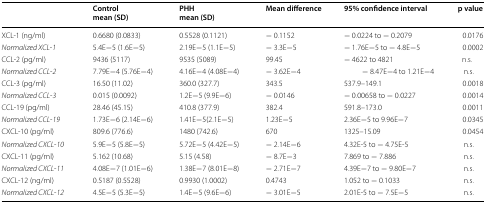
<table><thead><tr><td></td><td><b>Controlmean (SD)</b></td><td><b>PHHmean (SD)</b></td><td><b>Mean difference</b></td><td><b>95% confidence interval</b></td><td><b>p value</b></td></tr></thead><tbody><tr><td>XCL-1 (ng/ml)</td><td>0.6680 (0.0833)</td><td>0.5528 (0.1121)</td><td>− 0.1152</td><td>− 0.0224 to − 0.2079</td><td>0.0176</td></tr><tr><td><i>Normalized XCL</i>-<i>1</i></td><td>5.4E−5 (1.6E−5)</td><td>2.19E−5 (1.1E−5)</td><td>− 3.3E−5</td><td>− 1.76E−5 to − 4.8E−5</td><td>0.0002</td></tr><tr><td>CCL-2 (pg/ml)</td><td>9436 (5117)</td><td>9535 (5089)</td><td>99.45</td><td>− 4622 to 4821</td><td>n.s.</td></tr><tr><td><i>Normalized CCL</i>-<i>2</i></td><td>7.79E−4 (5.76E−4)</td><td>4.16E−4 (4.08E−4)</td><td>− 3.62E−4</td><td>− 8.47E−4 to 1.21E−4</td><td>n.s.</td></tr><tr><td>CCL-3 (pg/ml)</td><td>16.50 (11.02)</td><td>360.0 (327.7)</td><td>343.5</td><td>537.9–149.1</td><td>0.0018</td></tr><tr><td><i>Normalized CCL</i>-<i>3</i></td><td>0.015 (0.0092)</td><td>1.2E−5 (9.9E−6)</td><td>− 0.0146</td><td>− 0.00658 to − 0.0227</td><td>0.0014</td></tr><tr><td>CCL-19 (pg/ml)</td><td>28.46 (45.15)</td><td>410.8 (377.9)</td><td>382.4</td><td>591.8–173.0</td><td>0.0011</td></tr><tr><td><i>Normalized CCL</i>-<i>19</i></td><td>1.73E−6 (2.14E−6)</td><td>1.41E−5(2.1E−5)</td><td>1.23E−5</td><td>2.36E−5 to 9.96E−7</td><td>0.0345</td></tr><tr><td>CXCL-10 (pg/ml)</td><td>809.6 (776.6)</td><td>1480 (742.6)</td><td>670</td><td>1325–15.09</td><td>0.0454</td></tr><tr><td><i>Normalized CXCL</i>-<i>10</i></td><td>5.9E−5 (5.8E−5)</td><td>5.72E−5 (4.42E−5)</td><td>− 2.14E−6</td><td>4.32E-5 to − 4.75E-5</td><td>n.s.</td></tr><tr><td>CXCL-11 (pg/ml)</td><td>5.162 (10.68)</td><td>5.15 (4.58)</td><td>− 8.7E−3</td><td>7.869 to − 7.886</td><td>n.s.</td></tr><tr><td><i>Normalized CXCL</i>-<i>11</i></td><td>4.08E−7 (1.01E−6)</td><td>1.38E−7 (8.01E−8)</td><td>− 2.71E−7</td><td>4.39E−7 to − 9.80E−7</td><td>n.s.</td></tr><tr><td>CXCL-12 (ng/ml)</td><td>0.5187 (0.5528)</td><td>0.9930 (1.0002)</td><td>0.4743</td><td>1.052 to − 0.1033</td><td>n.s.</td></tr><tr><td><i>Normalized CXCL</i>-<i>12</i></td><td>4.5E−5 (5.3E−5)</td><td>1.4E−5 (9.6E−6)</td><td>− 3.01E−5</td><td>2.01E-5 to − 7.5E−5</td><td>n.s.</td></tr></tbody></table>